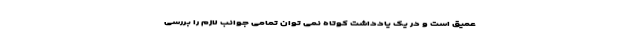
عمیق است و در یک یادداشت کوتاه نمی توان تمامی جوانب لازم را بررسی